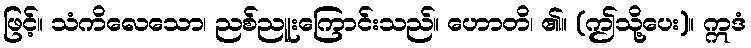
ဖြင့်။ သံကိလေသော၊ ညစ်ညူးကြောင်းသည်။ ဟောတိ၊ ၏။ (ဤသို့ပေး)။ ဣဒံ